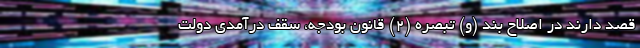
قصد دارند در اصلاح بند (و) تبصره (۲) قانون بودجه، سقف درآمدی دولت